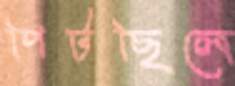
পিটছিলে